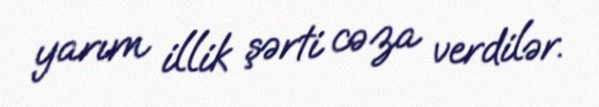
yarım illik şərti cəza verdilər.